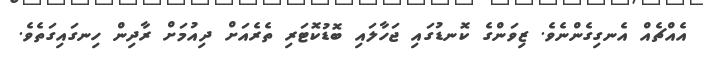
އެއްޗެއް އެނގިގެންނެވެ. ޒިވަންގެ ކޮނޑުގައި ޖަހާލައި ބޮޑުކޮޓަރި ތެރެއަށް ދިއުމަށް ރާދިން ހިނގައިގަތެވެ.